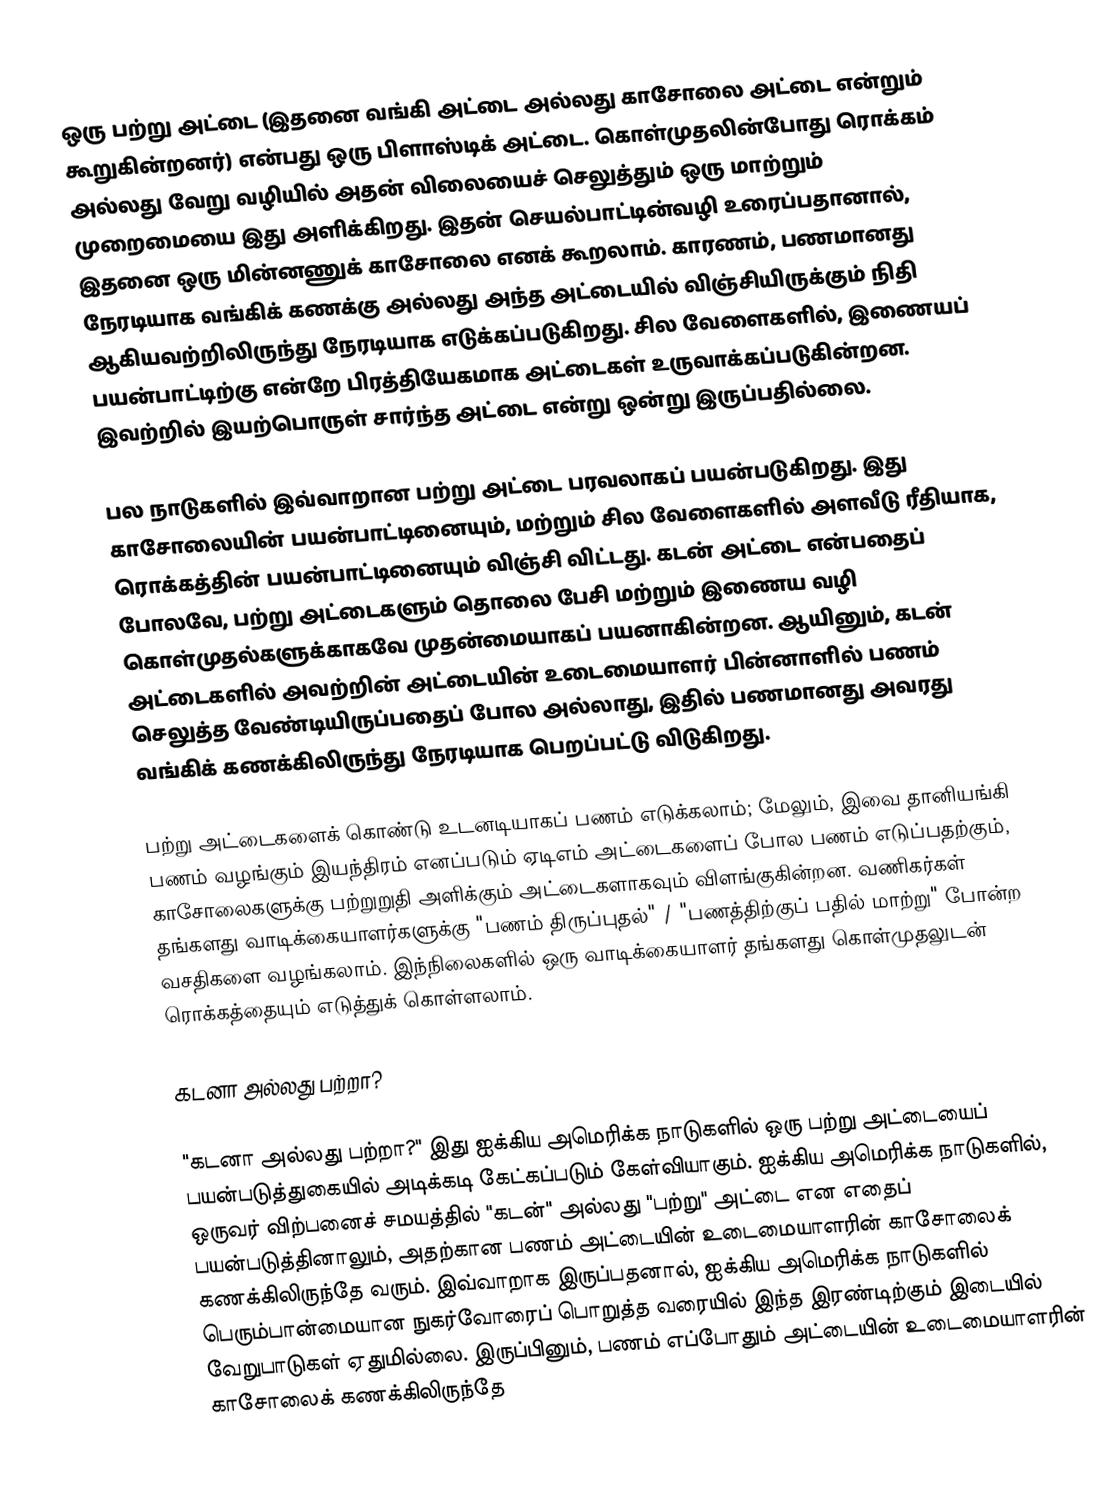
ஒரு பற்று அட்டை  (இதனை வங்கி அட்டை  அல்லது காசோலை அட்டை  என்றும் கூறுகின்றனர்) என்பது ஒரு பிளாஸ்டிக் அட்டை. கொள்முதலின்போது ரொக்கம் அல்லது வேறு வழியில் அதன் விலையைச் செலுத்தும் ஒரு மாற்றும் முறைமையை இது அளிக்கிறது. இதன் செயல்பாட்டின்வழி உரைப்பதானால், இதனை ஒரு மின்னணுக் காசோலை எனக் கூறலாம். காரணம், பணமானது நேரடியாக வங்கிக் கணக்கு அல்லது அந்த அட்டையில் விஞ்சியிருக்கும் நிதி ஆகியவற்றிலிருந்து நேரடியாக எடுக்கப்படுகிறது. சில வேளைகளில், இணையப் பயன்பாட்டிற்கு என்றே பிரத்தியேகமாக அட்டைகள் உருவாக்கப்படுகின்றன. இவற்றில் இயற்பொருள் சார்ந்த அட்டை என்று ஒன்று இருப்பதில்லை.

பல நாடுகளில் இவ்வாறான பற்று அட்டை பரவலாகப் பயன்படுகிறது. இது காசோலையின் பயன்பாட்டினையும், மற்றும் சில வேளைகளில் அளவீடு ரீதியாக, ரொக்கத்தின் பயன்பாட்டினையும் விஞ்சி விட்டது.  கடன் அட்டை என்பதைப் போலவே, பற்று அட்டைகளும் தொலை பேசி மற்றும் இணைய வழி கொள்முதல்களுக்காகவே முதன்மையாகப் பயனாகின்றன. ஆயினும், கடன் அட்டைகளில் அவற்றின் அட்டையின் உடைமையாளர் பின்னாளில் பணம் செலுத்த வேண்டியிருப்பதைப் போல அல்லாது, இதில் பணமானது அவரது வங்கிக் கணக்கிலிருந்து நேரடியாக பெறப்பட்டு விடுகிறது.

பற்று அட்டைகளைக் கொண்டு உடனடியாகப் பணம் எடுக்கலாம்; மேலும், இவை தானியங்கி பணம் வழங்கும் இயந்திரம் எனப்படும் ஏடிஎம் அட்டைகளைப் போல பணம் எடுப்பதற்கும், காசோலைகளுக்கு பற்றுறுதி அளிக்கும் அட்டைகளாகவும் விளங்குகின்றன.  வணிகர்கள் தங்களது வாடிக்கையாளர்களுக்கு "பணம் திருப்புதல்" / "பணத்திற்குப் பதில் மாற்று" போன்ற வசதிகளை வழங்கலாம். இந்நிலைகளில் ஒரு வாடிக்கையாளர் தங்களது கொள்முதலுடன் ரொக்கத்தையும் எடுத்துக் கொள்ளலாம்.

கடனா அல்லது பற்றா?

"கடனா அல்லது பற்றா?" இது ஐக்கிய அமெரிக்க நாடுகளில் ஒரு பற்று அட்டையைப் பயன்படுத்துகையில் அடிக்கடி கேட்கப்படும் கேள்வியாகும்.  ஐக்கிய அமெரிக்க நாடுகளில், ஒருவர் விற்பனைச் சமயத்தில் "கடன்" அல்லது "பற்று" அட்டை என எதைப் பயன்படுத்தினாலும், அதற்கான பணம் அட்டையின்  உடைமையாளரின் காசோலைக் கணக்கிலிருந்தே வரும்.  இவ்வாறாக இருப்பதனால், ஐக்கிய அமெரிக்க நாடுகளில் பெரும்பான்மையான நுகர்வோரைப் பொறுத்த வரையில் இந்த இரண்டிற்கும் இடையில் வேறுபாடுகள் ஏதுமில்லை. இருப்பினும், பணம் எப்போதும் அட்டையின்  உடைமையாளரின் காசோலைக் கணக்கிலிருந்தே